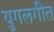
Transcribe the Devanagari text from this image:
युगलगीत